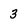
Character: 3